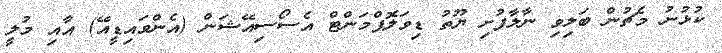
ކުޅުނު މެޗުން ބަލިވި ނާލާފުށި ޔޫތު ޑިވަލޮޕްމަންޓް އެސޯސިއޭޝަން (އެންވައިޑީއޭ) އާއި މުލީ